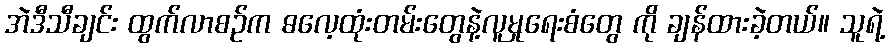
အဲဒီသီချင်း ထွက်လာစဉ်က ဓလေ့ထုံးတမ်းတွေနဲ့လူမှုရေးစံတွေ ကို ချန်ထားခဲ့တယ်။ သူရဲ့